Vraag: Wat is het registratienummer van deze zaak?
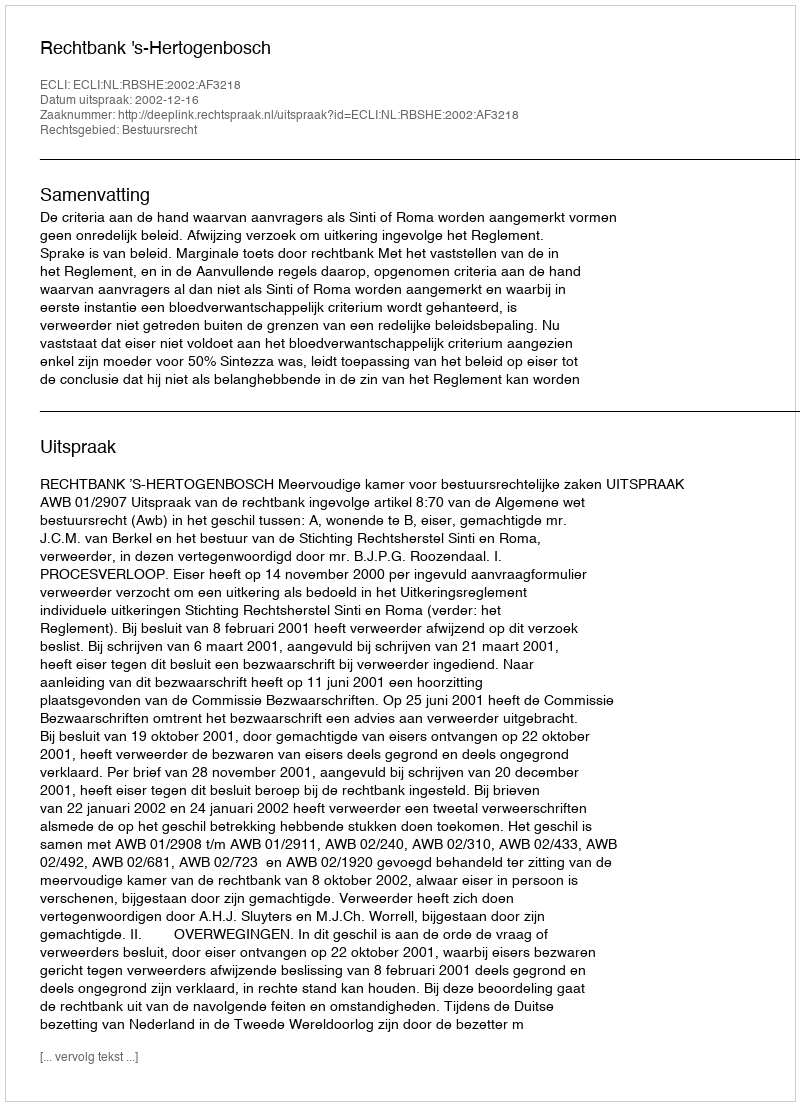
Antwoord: http://deeplink.rechtspraak.nl/uitspraak?id=ECLI:NL:RBSHE:2002:AF3218